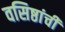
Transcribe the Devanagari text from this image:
वसिष्ठांची